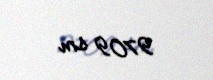
9709 sm